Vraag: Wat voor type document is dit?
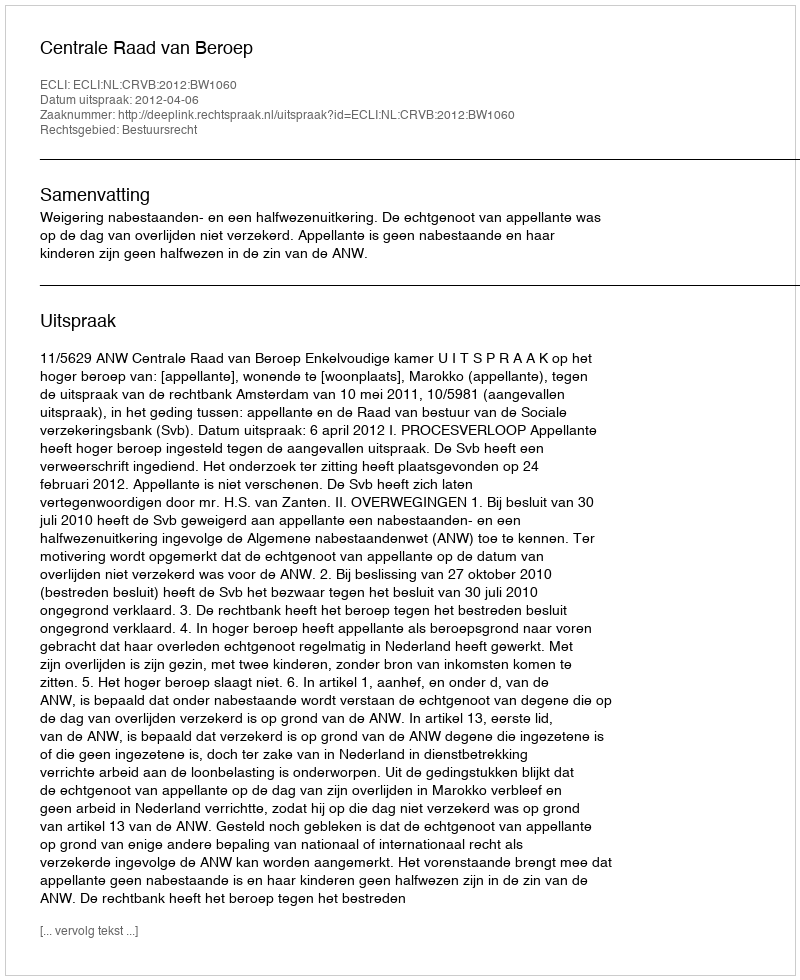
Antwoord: Uitspraak